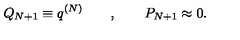
Q _ { N + 1 } \equiv q ^ { ( N ) } \qquad , \qquad P _ { N + 1 } \approx 0 .